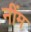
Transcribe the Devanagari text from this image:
नींम